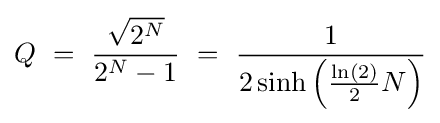
Q\ =\ {\frac {\sqrt {2^{N}}}{2^{N}-1}}\ =\ {\frac {1}{2\sinh \left({\frac {\ln(2)}{2}}N\right)}}